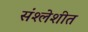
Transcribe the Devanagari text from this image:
संश्लेशीत